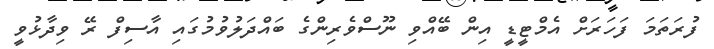
ފުރަތަމަ ފަހަރަށް އެމްޓީޑީ އިން ބޭއްވި ނޫސްވެރިންގެ ބައްދަލުވުމުގައި އާސިފް ރޭ ވިދާޅުވީ